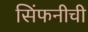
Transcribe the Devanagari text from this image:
सिंफनीची